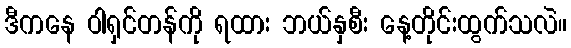
ဒီကနေ ဝါရှင်တန်ကို ရထား ဘယ်နှစီး နေ့တိုင်းထွက်သလဲ။